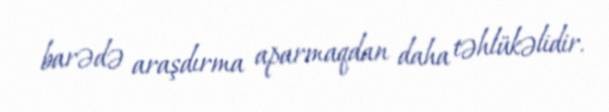
barədə araşdırma aparmaqdan daha təhlükəlidir.